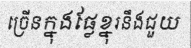
ច្រើនក្នុងផ្លែខ្នុរនឹងជួយ